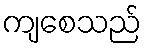
ကျစေသည်